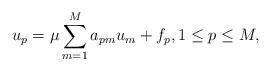
LaTeX: \begin{align*} u_p = \mu\sum_{m= 1}^Ma_{pm}u_m + f_p, 1 \leq p \leq M, \end{align*}